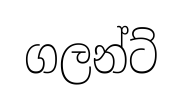
ගලන්ට්